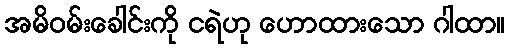
အမိဝမ်းခေါင်းကို ငရဲဟု ဟောထားသော ဂါထာ။